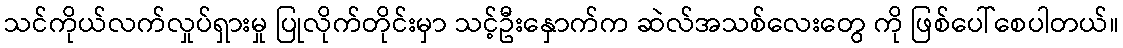
သင်ကိုယ်လက်လှုပ်ရှားမှု ပြုလိုက်တိုင်းမှာ သင့်ဦးနှောက်က ဆဲလ်အသစ်လေးတွေ ကို ဖြစ်ပေါ်စေပါတယ်။